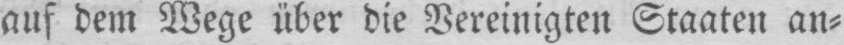
auf dem Wege über die Vereinigten Staaten an⸗